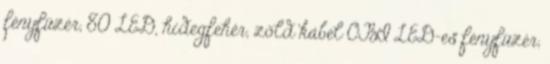
fényfüzér, 80 LED, hidegfehér, zöld kábel OBI LED-es fényfüzér,